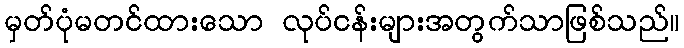
မှတ်ပုံမတင်ထားသော လုပ်ငန်းများအတွက်သာဖြစ်သည်။